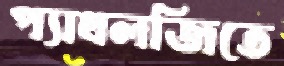
প্যাথলজিতে